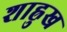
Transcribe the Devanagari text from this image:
शाह्रुख